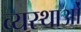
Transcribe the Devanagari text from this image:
व्यस्थाओं